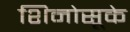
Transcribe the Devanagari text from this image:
शिनोसूके